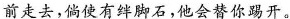
前走去，倘使有绊脚石，他会替你踢开。